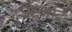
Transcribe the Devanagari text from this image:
सहजाद